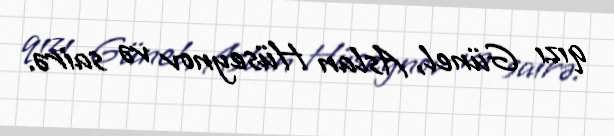
qızı Günel, Aslan Hüseynov və sairə.